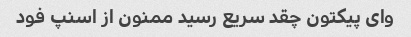
وای پیکتون چقد سریع رسید ممنون از اسنپ فود